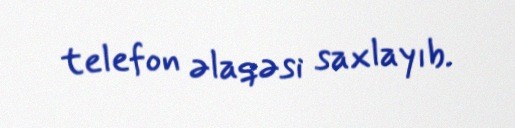
telefon əlaqəsi saxlayıb.